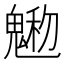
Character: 𩳩